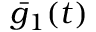
\bar { g } _ { 1 } ( t )